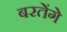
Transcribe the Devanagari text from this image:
बरतेंगे